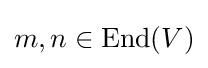
m,n\in {\text{End}}(V)